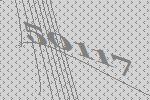
50117